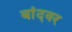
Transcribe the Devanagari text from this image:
बांदवर